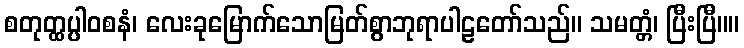
စတုတ္ထပ္ပါဝစနံ၊ လေးခုမြောက်သောမြတ်စွာဘုရာပါဠတော်သည်။ သမတ္တံ၊ ပြီးပြီ။။